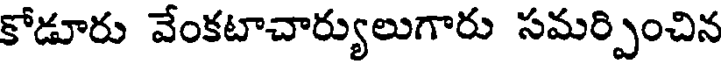
కోడూరు వేంకటాచార్యులుగారు సమర్పించిన